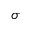
\sigma